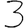
Digit: 3